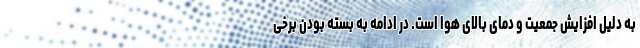
به دلیل افزایش جمعیت و دمای بالای هوا است. در ادامه به بسته بودن برخی